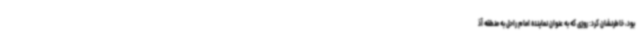
بود، خاطرنشان کرد: روزی که به عنوان نماینده امام راحل به منطقه آذ